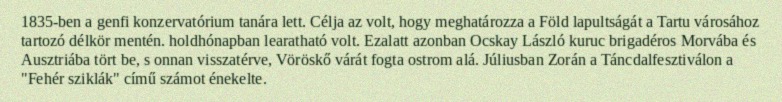
1835-ben a genfi konzervatórium tanára lett. Célja az volt, hogy meghatározza a Föld lapultságát a Tartu városához tartozó délkör mentén. holdhónapban learatható volt. Ezalatt azonban Ocskay László kuruc brigadéros Morvába és Ausztriába tört be, s onnan visszatérve, Vöröskő várát fogta ostrom alá. Júliusban Zorán a Táncdalfesztiválon a "Fehér sziklák" című számot énekelte.